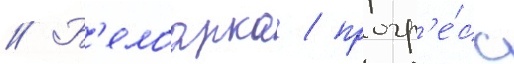
// Б'елоарка / прогр'е́сс